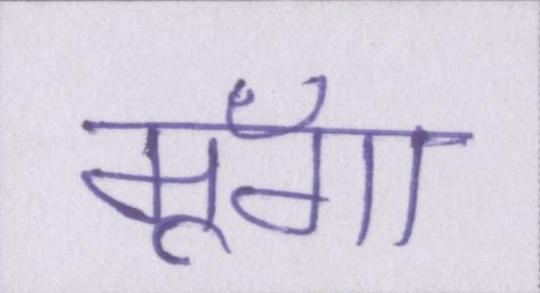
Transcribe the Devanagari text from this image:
मूँगा